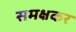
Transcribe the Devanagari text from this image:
समक्षकर